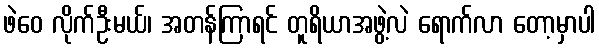
ဖဲဝေ လိုက်ဦးမယ်၊ အတန်ကြာရင် တူရိယာအဖွဲ့လဲ ရောက်လာ တော့မှာပါ